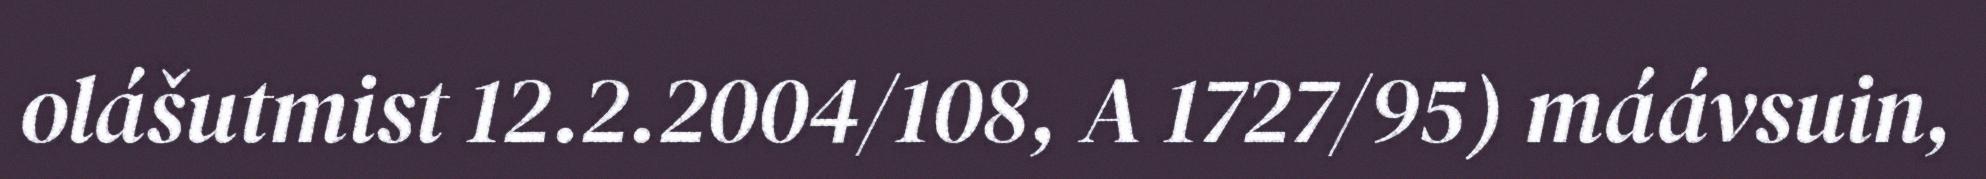
olášutmist 12.2.2004/108, A 1727/95) máávsuin,